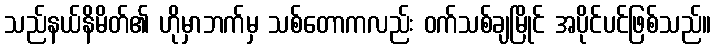
သည်နယ်နိမိတ်၏ ဟိုမှာဘက်မှ သစ်တောကလည်း ဝက်သစ်ချမြိုင် အပိုင်ပင်ဖြစ်သည်။